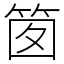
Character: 䇱